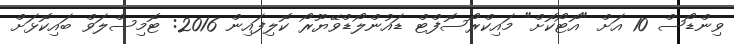
ވިންޑޯސް 10 އަށް "އޮޓޯކޮށް" މައިކްރޯސޮފްޓް ޑައުންލޯޑްވޭޔޫރޯ ކޮލިފައިން 2016: ޓޮމިސްލަވް ބައިކޮޅަށް